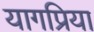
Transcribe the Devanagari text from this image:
यागप्रिया